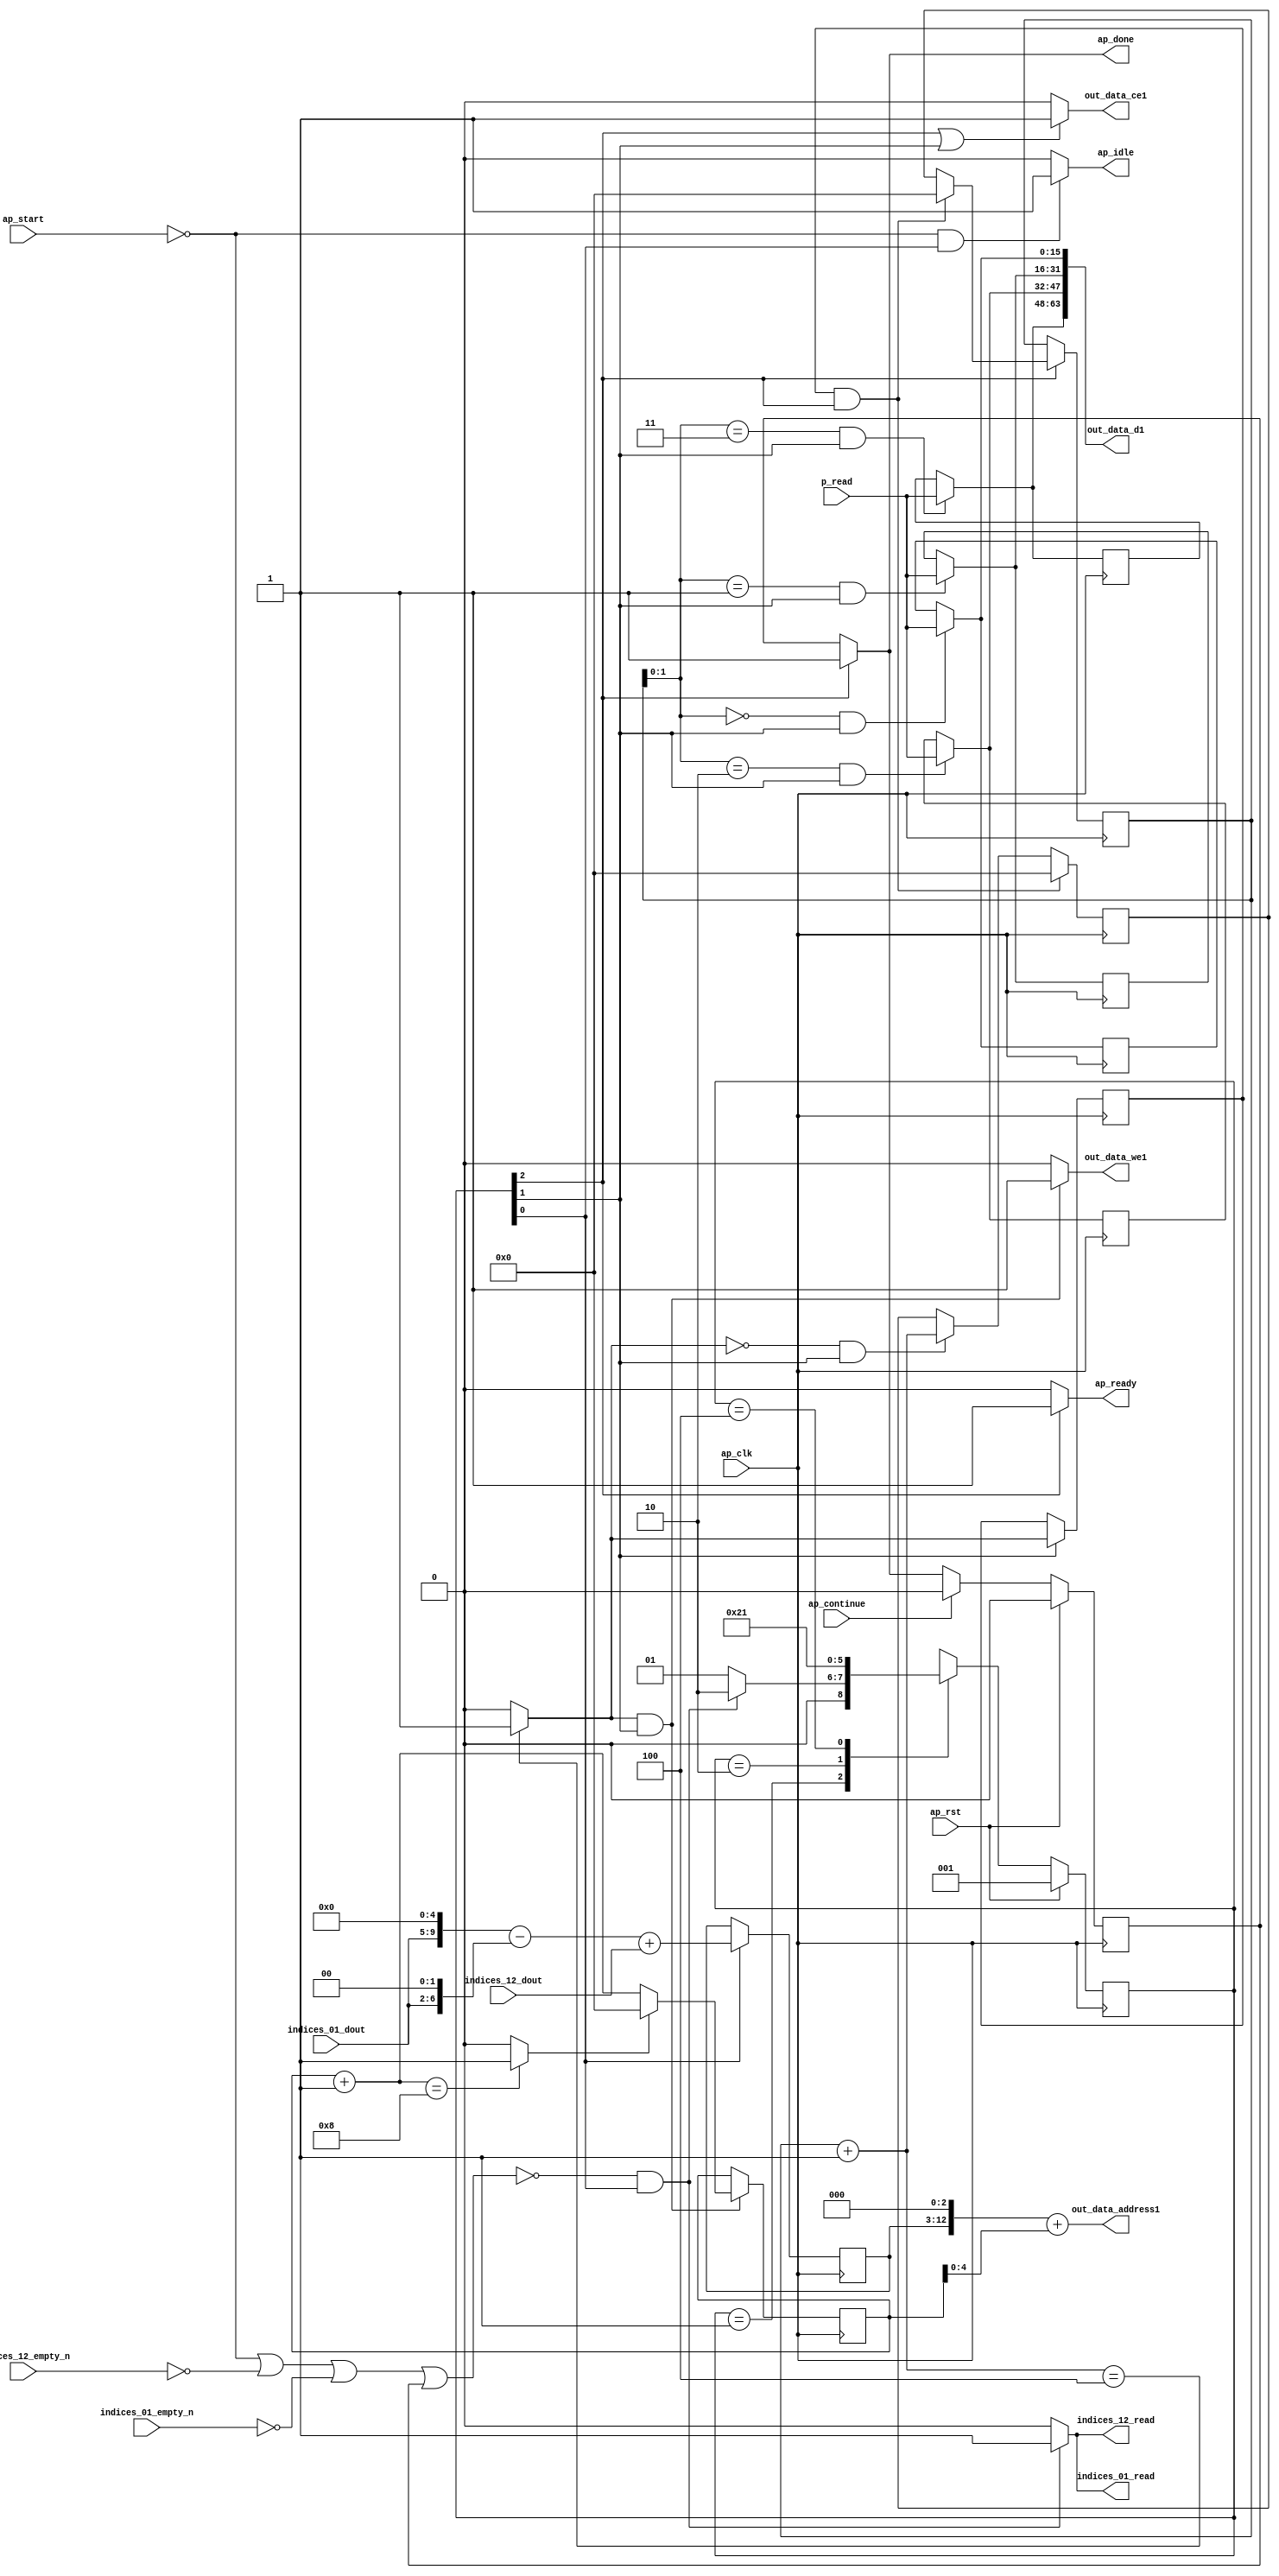
`define EXPONENT 5
`define MANTISSA 10
`define ACTUAL_MANTISSA 11
`define EXPONENT_LSB 10
`define EXPONENT_MSB 14
`define MANTISSA_LSB 0
`define MANTISSA_MSB 9
`define MANTISSA_MUL_SPLIT_LSB 3
`define MANTISSA_MUL_SPLIT_MSB 9
`define SIGN 1
`define SIGN_LOC 15
`define DWIDTH (`SIGN+`EXPONENT+`MANTISSA)
`define IEEE_COMPLIANCE 1

module td_fused_top_tdf6_writeOutputs_unaligned (
        ap_clk,
        ap_rst,
        ap_start,
        ap_done,
        ap_continue,
        ap_idle,
        ap_ready,
        indices_01_dout,
        indices_01_empty_n,
        indices_01_read,
        indices_12_dout,
        indices_12_empty_n,
        indices_12_read,
        p_read,
        out_data_address1,
        out_data_ce1,
        out_data_we1,
        out_data_d1
);

parameter    ap_ST_fsm_state1 = 3'd1;
parameter    ap_ST_fsm_state2 = 3'd2;
parameter    ap_ST_fsm_state3 = 3'd4;

input   ap_clk;
input   ap_rst;
input   ap_start;
output   ap_done;
input   ap_continue;
output   ap_idle;
output   ap_ready;
input  [4:0] indices_01_dout;
input   indices_01_empty_n;
output   indices_01_read;
input  [9:0] indices_12_dout;
input   indices_12_empty_n;
output   indices_12_read;
input  [15:0] p_read;
output  [12:0] out_data_address1;
output   out_data_ce1;
output   out_data_we1;
output  [63:0] out_data_d1;

reg ap_done;
reg ap_idle;
reg ap_ready;
reg indices_01_read;
reg indices_12_read;
reg out_data_ce1;
reg out_data_we1;

reg    ap_done_reg;
  reg   [2:0] ap_CS_fsm;
wire    ap_CS_fsm_state1;
reg   [15:0] outputCount_4;
reg   [15:0] outputChanIdx_4;
reg   [15:0] outputRow_12_0;
reg   [15:0] outputRow_12_1;
reg   [15:0] outputRow_12_2;
reg   [15:0] outputRow_12_3;
reg    indices_01_blk_n;
reg    indices_12_blk_n;
wire   [9:0] add_ln94_fu_147_p2;
reg   [9:0] add_ln94_reg_304;
wire   [15:0] add_ln87_fu_192_p2;
wire    ap_CS_fsm_state2;
wire   [0:0] icmp_ln88_fu_198_p2;
reg   [0:0] icmp_ln88_reg_317;
reg   [15:0] ap_phi_mux_empty_phi_fu_114_p4;
reg   [15:0] empty_reg_111;
wire    ap_CS_fsm_state3;
wire   [63:0] zext_ln94_6_fu_226_p1;
wire   [15:0] select_ln97_fu_284_p3;
wire   [1:0] trunc_ln86_fu_164_p1;
reg   [15:0] ap_sig_allocacmp_outputRow_12_0_load;
reg   [15:0] ap_sig_allocacmp_outputRow_12_1_load;
reg   [15:0] ap_sig_allocacmp_outputRow_12_2_load;
reg   [15:0] ap_sig_allocacmp_outputRow_12_3_load;
reg    ap_block_state1;
wire   [6:0] tmp_s_fu_129_p3;
wire   [9:0] tmp_fu_121_p3;
wire   [9:0] zext_ln94_fu_137_p1;
wire   [9:0] sub_ln94_fu_141_p2;
wire   [4:0] trunc_ln94_fu_212_p1;
wire   [12:0] tmp_53_cast_fu_153_p3;
wire   [12:0] zext_ln94_5_fu_216_p1;
wire   [12:0] add_ln94_3_fu_220_p2;
wire   [15:0] bitcast_ln94_9_fu_255_p1;
wire   [15:0] bitcast_ln94_8_fu_247_p1;
wire   [15:0] bitcast_ln94_7_fu_239_p1;
wire   [15:0] bitcast_ln94_fu_231_p1;
wire   [15:0] add_ln96_fu_272_p2;
wire   [0:0] icmp_ln97_fu_278_p2;
reg   [2:0] ap_NS_fsm;
wire    ap_ce_reg;

// power-on initialization
initial begin
#0 ap_done_reg = 1'b0;
#0 ap_CS_fsm = 3'd1;
#0 outputCount_4 = 16'd0;
#0 outputChanIdx_4 = 16'd0;
#0 outputRow_12_0 = 16'd0;
#0 outputRow_12_1 = 16'd0;
#0 outputRow_12_2 = 16'd0;
#0 outputRow_12_3 = 16'd0;
end

always @ (posedge ap_clk) begin
    if (ap_rst == 1'b1) begin
        ap_CS_fsm <= ap_ST_fsm_state1;
    end else begin
        ap_CS_fsm <= ap_NS_fsm;
    end
end

always @ (posedge ap_clk) begin
    if (ap_rst == 1'b1) begin
        ap_done_reg <= 1'b0;
    end else begin
        if ((ap_continue == 1'b1)) begin
            ap_done_reg <= 1'b0;
        end else if ((1'b1 == ap_CS_fsm_state3)) begin
            ap_done_reg <= 1'b1;
        end
    end
end

always @ (posedge ap_clk) begin
    if (((icmp_ln88_reg_317 == 1'd1) & (1'b1 == ap_CS_fsm_state3))) begin
        empty_reg_111 <= 16'd0;
    end else if (((icmp_ln88_fu_198_p2 == 1'd0) & (1'b1 == ap_CS_fsm_state2))) begin
        empty_reg_111 <= add_ln87_fu_192_p2;
    end
end

always @ (posedge ap_clk) begin
    if ((1'b1 == ap_CS_fsm_state1)) begin
        add_ln94_reg_304 <= add_ln94_fu_147_p2;
    end
end

always @ (posedge ap_clk) begin
    if ((1'b1 == ap_CS_fsm_state2)) begin
        icmp_ln88_reg_317 <= icmp_ln88_fu_198_p2;
    end
end

always @ (posedge ap_clk) begin
    if (((icmp_ln88_fu_198_p2 == 1'd1) & (1'b1 == ap_CS_fsm_state2))) begin
        outputChanIdx_4 <= select_ln97_fu_284_p3;
    end
end

always @ (posedge ap_clk) begin
    if ((1'b1 == ap_CS_fsm_state3)) begin
        outputCount_4 <= ap_phi_mux_empty_phi_fu_114_p4;
    end
end

always @ (posedge ap_clk) begin
    if (((trunc_ln86_fu_164_p1 == 2'd0) & (1'b1 == ap_CS_fsm_state2))) begin
        outputRow_12_0 <= p_read;
    end
end

always @ (posedge ap_clk) begin
    if (((trunc_ln86_fu_164_p1 == 2'd1) & (1'b1 == ap_CS_fsm_state2))) begin
        outputRow_12_1 <= p_read;
    end
end

always @ (posedge ap_clk) begin
    if (((trunc_ln86_fu_164_p1 == 2'd2) & (1'b1 == ap_CS_fsm_state2))) begin
        outputRow_12_2 <= p_read;
    end
end

always @ (posedge ap_clk) begin
    if (((trunc_ln86_fu_164_p1 == 2'd3) & (1'b1 == ap_CS_fsm_state2))) begin
        outputRow_12_3 <= p_read;
    end
end

always @ (*) begin
    if ((1'b1 == ap_CS_fsm_state3)) begin
        ap_done = 1'b1;
    end else begin
        ap_done = ap_done_reg;
    end
end

always @ (*) begin
    if (((ap_start == 1'b0) & (1'b1 == ap_CS_fsm_state1))) begin
        ap_idle = 1'b1;
    end else begin
        ap_idle = 1'b0;
    end
end

always @ (*) begin
    if (((icmp_ln88_reg_317 == 1'd1) & (1'b1 == ap_CS_fsm_state3))) begin
        ap_phi_mux_empty_phi_fu_114_p4 = 16'd0;
    end else begin
        ap_phi_mux_empty_phi_fu_114_p4 = empty_reg_111;
    end
end

always @ (*) begin
    if ((1'b1 == ap_CS_fsm_state3)) begin
        ap_ready = 1'b1;
    end else begin
        ap_ready = 1'b0;
    end
end

always @ (*) begin
    if (((trunc_ln86_fu_164_p1 == 2'd0) & (1'b1 == ap_CS_fsm_state2))) begin
        ap_sig_allocacmp_outputRow_12_0_load = p_read;
    end else begin
        ap_sig_allocacmp_outputRow_12_0_load = outputRow_12_0;
    end
end

always @ (*) begin
    if (((trunc_ln86_fu_164_p1 == 2'd1) & (1'b1 == ap_CS_fsm_state2))) begin
        ap_sig_allocacmp_outputRow_12_1_load = p_read;
    end else begin
        ap_sig_allocacmp_outputRow_12_1_load = outputRow_12_1;
    end
end

always @ (*) begin
    if (((trunc_ln86_fu_164_p1 == 2'd2) & (1'b1 == ap_CS_fsm_state2))) begin
        ap_sig_allocacmp_outputRow_12_2_load = p_read;
    end else begin
        ap_sig_allocacmp_outputRow_12_2_load = outputRow_12_2;
    end
end

always @ (*) begin
    if (((trunc_ln86_fu_164_p1 == 2'd3) & (1'b1 == ap_CS_fsm_state2))) begin
        ap_sig_allocacmp_outputRow_12_3_load = p_read;
    end else begin
        ap_sig_allocacmp_outputRow_12_3_load = outputRow_12_3;
    end
end

always @ (*) begin
    if ((~((ap_start == 1'b0) | (ap_done_reg == 1'b1)) & (1'b1 == ap_CS_fsm_state1))) begin
        indices_01_blk_n = indices_01_empty_n;
    end else begin
        indices_01_blk_n = 1'b1;
    end
end

always @ (*) begin
    if ((~((ap_start == 1'b0) | (indices_12_empty_n == 1'b0) | (indices_01_empty_n == 1'b0) | (ap_done_reg == 1'b1)) & (1'b1 == ap_CS_fsm_state1))) begin
        indices_01_read = 1'b1;
    end else begin
        indices_01_read = 1'b0;
    end
end

always @ (*) begin
    if ((~((ap_start == 1'b0) | (ap_done_reg == 1'b1)) & (1'b1 == ap_CS_fsm_state1))) begin
        indices_12_blk_n = indices_12_empty_n;
    end else begin
        indices_12_blk_n = 1'b1;
    end
end

always @ (*) begin
    if ((~((ap_start == 1'b0) | (indices_12_empty_n == 1'b0) | (indices_01_empty_n == 1'b0) | (ap_done_reg == 1'b1)) & (1'b1 == ap_CS_fsm_state1))) begin
        indices_12_read = 1'b1;
    end else begin
        indices_12_read = 1'b0;
    end
end

always @ (*) begin
    if (((1'b1 == ap_CS_fsm_state3) | (1'b1 == ap_CS_fsm_state2))) begin
        out_data_ce1 = 1'b1;
    end else begin
        out_data_ce1 = 1'b0;
    end
end

always @ (*) begin
    if (((icmp_ln88_fu_198_p2 == 1'd1) & (1'b1 == ap_CS_fsm_state2))) begin
        out_data_we1 = 1'b1;
    end else begin
        out_data_we1 = 1'b0;
    end
end

always @ (*) begin
    case (ap_CS_fsm)
        ap_ST_fsm_state1 : begin
            if ((~((ap_start == 1'b0) | (indices_12_empty_n == 1'b0) | (indices_01_empty_n == 1'b0) | (ap_done_reg == 1'b1)) & (1'b1 == ap_CS_fsm_state1))) begin
                ap_NS_fsm = ap_ST_fsm_state2;
            end else begin
                ap_NS_fsm = ap_ST_fsm_state1;
            end
        end
        ap_ST_fsm_state2 : begin
            ap_NS_fsm = ap_ST_fsm_state3;
        end
        ap_ST_fsm_state3 : begin
            ap_NS_fsm = ap_ST_fsm_state1;
        end
        default : begin
            ap_NS_fsm = 'bx;
        end
    endcase
end

assign add_ln87_fu_192_p2 = (outputCount_4 + 16'd1);

assign add_ln94_3_fu_220_p2 = (tmp_53_cast_fu_153_p3 + zext_ln94_5_fu_216_p1);

assign add_ln94_fu_147_p2 = (sub_ln94_fu_141_p2 + indices_12_dout);

assign add_ln96_fu_272_p2 = (outputChanIdx_4 + 16'd1);

assign ap_CS_fsm_state1 = ap_CS_fsm[32'd0];

assign ap_CS_fsm_state2 = ap_CS_fsm[32'd1];

assign ap_CS_fsm_state3 = ap_CS_fsm[32'd2];

always @ (*) begin
    ap_block_state1 = ((ap_start == 1'b0) | (indices_12_empty_n == 1'b0) | (indices_01_empty_n == 1'b0) | (ap_done_reg == 1'b1));
end

assign bitcast_ln94_7_fu_239_p1 = ap_sig_allocacmp_outputRow_12_1_load;

assign bitcast_ln94_8_fu_247_p1 = ap_sig_allocacmp_outputRow_12_2_load;

assign bitcast_ln94_9_fu_255_p1 = ap_sig_allocacmp_outputRow_12_3_load;

assign bitcast_ln94_fu_231_p1 = ap_sig_allocacmp_outputRow_12_0_load;

assign icmp_ln88_fu_198_p2 = ((add_ln87_fu_192_p2 == 16'd4) ? 1'b1 : 1'b0);

assign icmp_ln97_fu_278_p2 = ((add_ln96_fu_272_p2 == 16'd8) ? 1'b1 : 1'b0);

assign out_data_address1 = zext_ln94_6_fu_226_p1;

assign out_data_d1 = {{{{bitcast_ln94_9_fu_255_p1}, {bitcast_ln94_8_fu_247_p1}}, {bitcast_ln94_7_fu_239_p1}}, {bitcast_ln94_fu_231_p1}};

assign select_ln97_fu_284_p3 = ((icmp_ln97_fu_278_p2[0:0] == 1'b1) ? 16'd0 : add_ln96_fu_272_p2);

assign sub_ln94_fu_141_p2 = (tmp_fu_121_p3 - zext_ln94_fu_137_p1);

assign tmp_53_cast_fu_153_p3 = {{add_ln94_reg_304}, {3'd0}};

assign tmp_fu_121_p3 = {{indices_01_dout}, {5'd0}};

assign tmp_s_fu_129_p3 = {{indices_01_dout}, {2'd0}};

assign trunc_ln86_fu_164_p1 = outputCount_4[1:0];

assign trunc_ln94_fu_212_p1 = outputChanIdx_4[4:0];

assign zext_ln94_5_fu_216_p1 = trunc_ln94_fu_212_p1;

assign zext_ln94_6_fu_226_p1 = add_ln94_3_fu_220_p2;

assign zext_ln94_fu_137_p1 = tmp_s_fu_129_p3;

endmodule //td_fused_top_tdf6_writeOutputs_unaligned